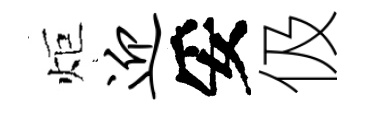
炬迎妥伋